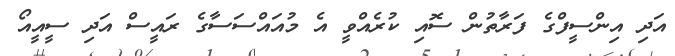
އަދި އިންސީފްގެ ފަރާތުން ސޮއި ކުރެއްވީ އެ މުއައްސަސާގެ ރައީސް އަދި ސީއީއޯ